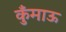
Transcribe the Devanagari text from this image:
कुँमाऊ